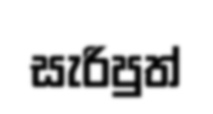
සැරිපුත්